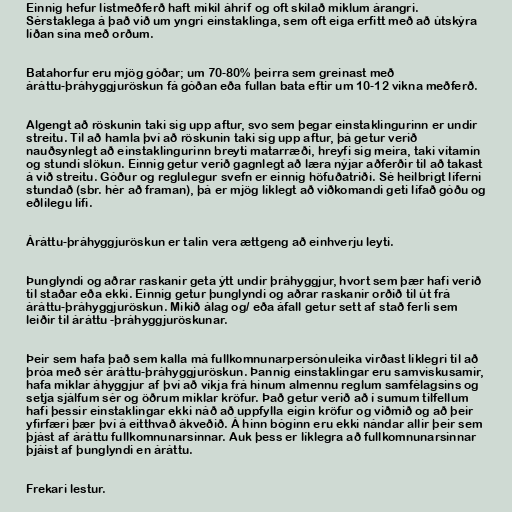
Einnig hefur listmeðferð haft mikil áhrif og oft skilað miklum árangri.
Sérstaklega á það við um yngri einstaklinga, sem oft eiga erfitt með að útskýra
líðan sína með orðum.

Batahorfur eru mjög góðar; um 70-80% þeirra sem greinast með
áráttu-þráhyggjuröskun fá góðan eða fullan bata eftir um 10-12 vikna meðferð.

Algengt að röskunin taki sig upp aftur, svo sem þegar einstaklingurinn er undir
streitu. Til að hamla því að röskunin taki sig upp aftur, þá getur verið
nauðsynlegt að einstaklingurinn breyti matarræði, hreyfi sig meira, taki vítamín
og stundi slökun. Einnig getur verið gagnlegt að læra nýjar aðferðir til að takast
á við streitu. Góður og reglulegur svefn er einnig höfuðatriði. Sé heilbrigt líferni
stundað (sbr. hér að framan), þá er mjög líklegt að viðkomandi geti lífað góðu og
eðlilegu lífi.

Áráttu-þráhyggjuröskun er talin vera ættgeng að einhverju leyti.

Þunglyndi og aðrar raskanir geta ýtt undir þráhyggjur, hvort sem þær hafi verið
til staðar eða ekki. Einnig getur þunglyndi og aðrar raskanir orðið til út frá
áráttu-þráhyggjuröskun. Mikið álag og/ eða áfall getur sett af stað ferli sem
leiðir til áráttu -þráhyggjuröskunar.

Þeir sem hafa það sem kalla má fullkomnunarpersónuleika virðast líklegri til að
þróa með sér áráttu-þráhyggjuröskun. Þannig einstaklingar eru samviskusamir,
hafa miklar áhyggjur af því að víkja frá hinum almennu reglum samfélagsins og
setja sjálfum sér og öðrum miklar kröfur. Það getur verið að í sumum tilfellum
hafi þessir einstaklingar ekki náð að uppfylla eigin kröfur og viðmið og að þeir
yfirfæri þær því á eitthvað ákveðið. Á hinn bóginn eru ekki nándar allir þeir sem
þjást af áráttu fullkomnunarsinnar. Auk þess er líklegra að fullkomnunarsinnar
þjáist af þunglyndi en áráttu.

Frekari lestur.